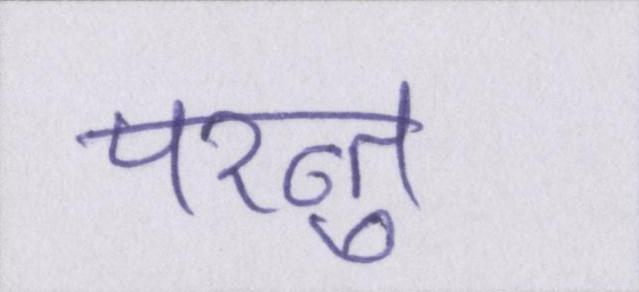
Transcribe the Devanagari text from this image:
परन्तु